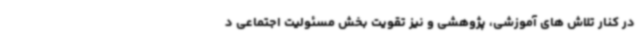
در کنار تلاش های آموزشی، پژوهشی و نیز تقویت بخش مسئولیت اجتماعی د